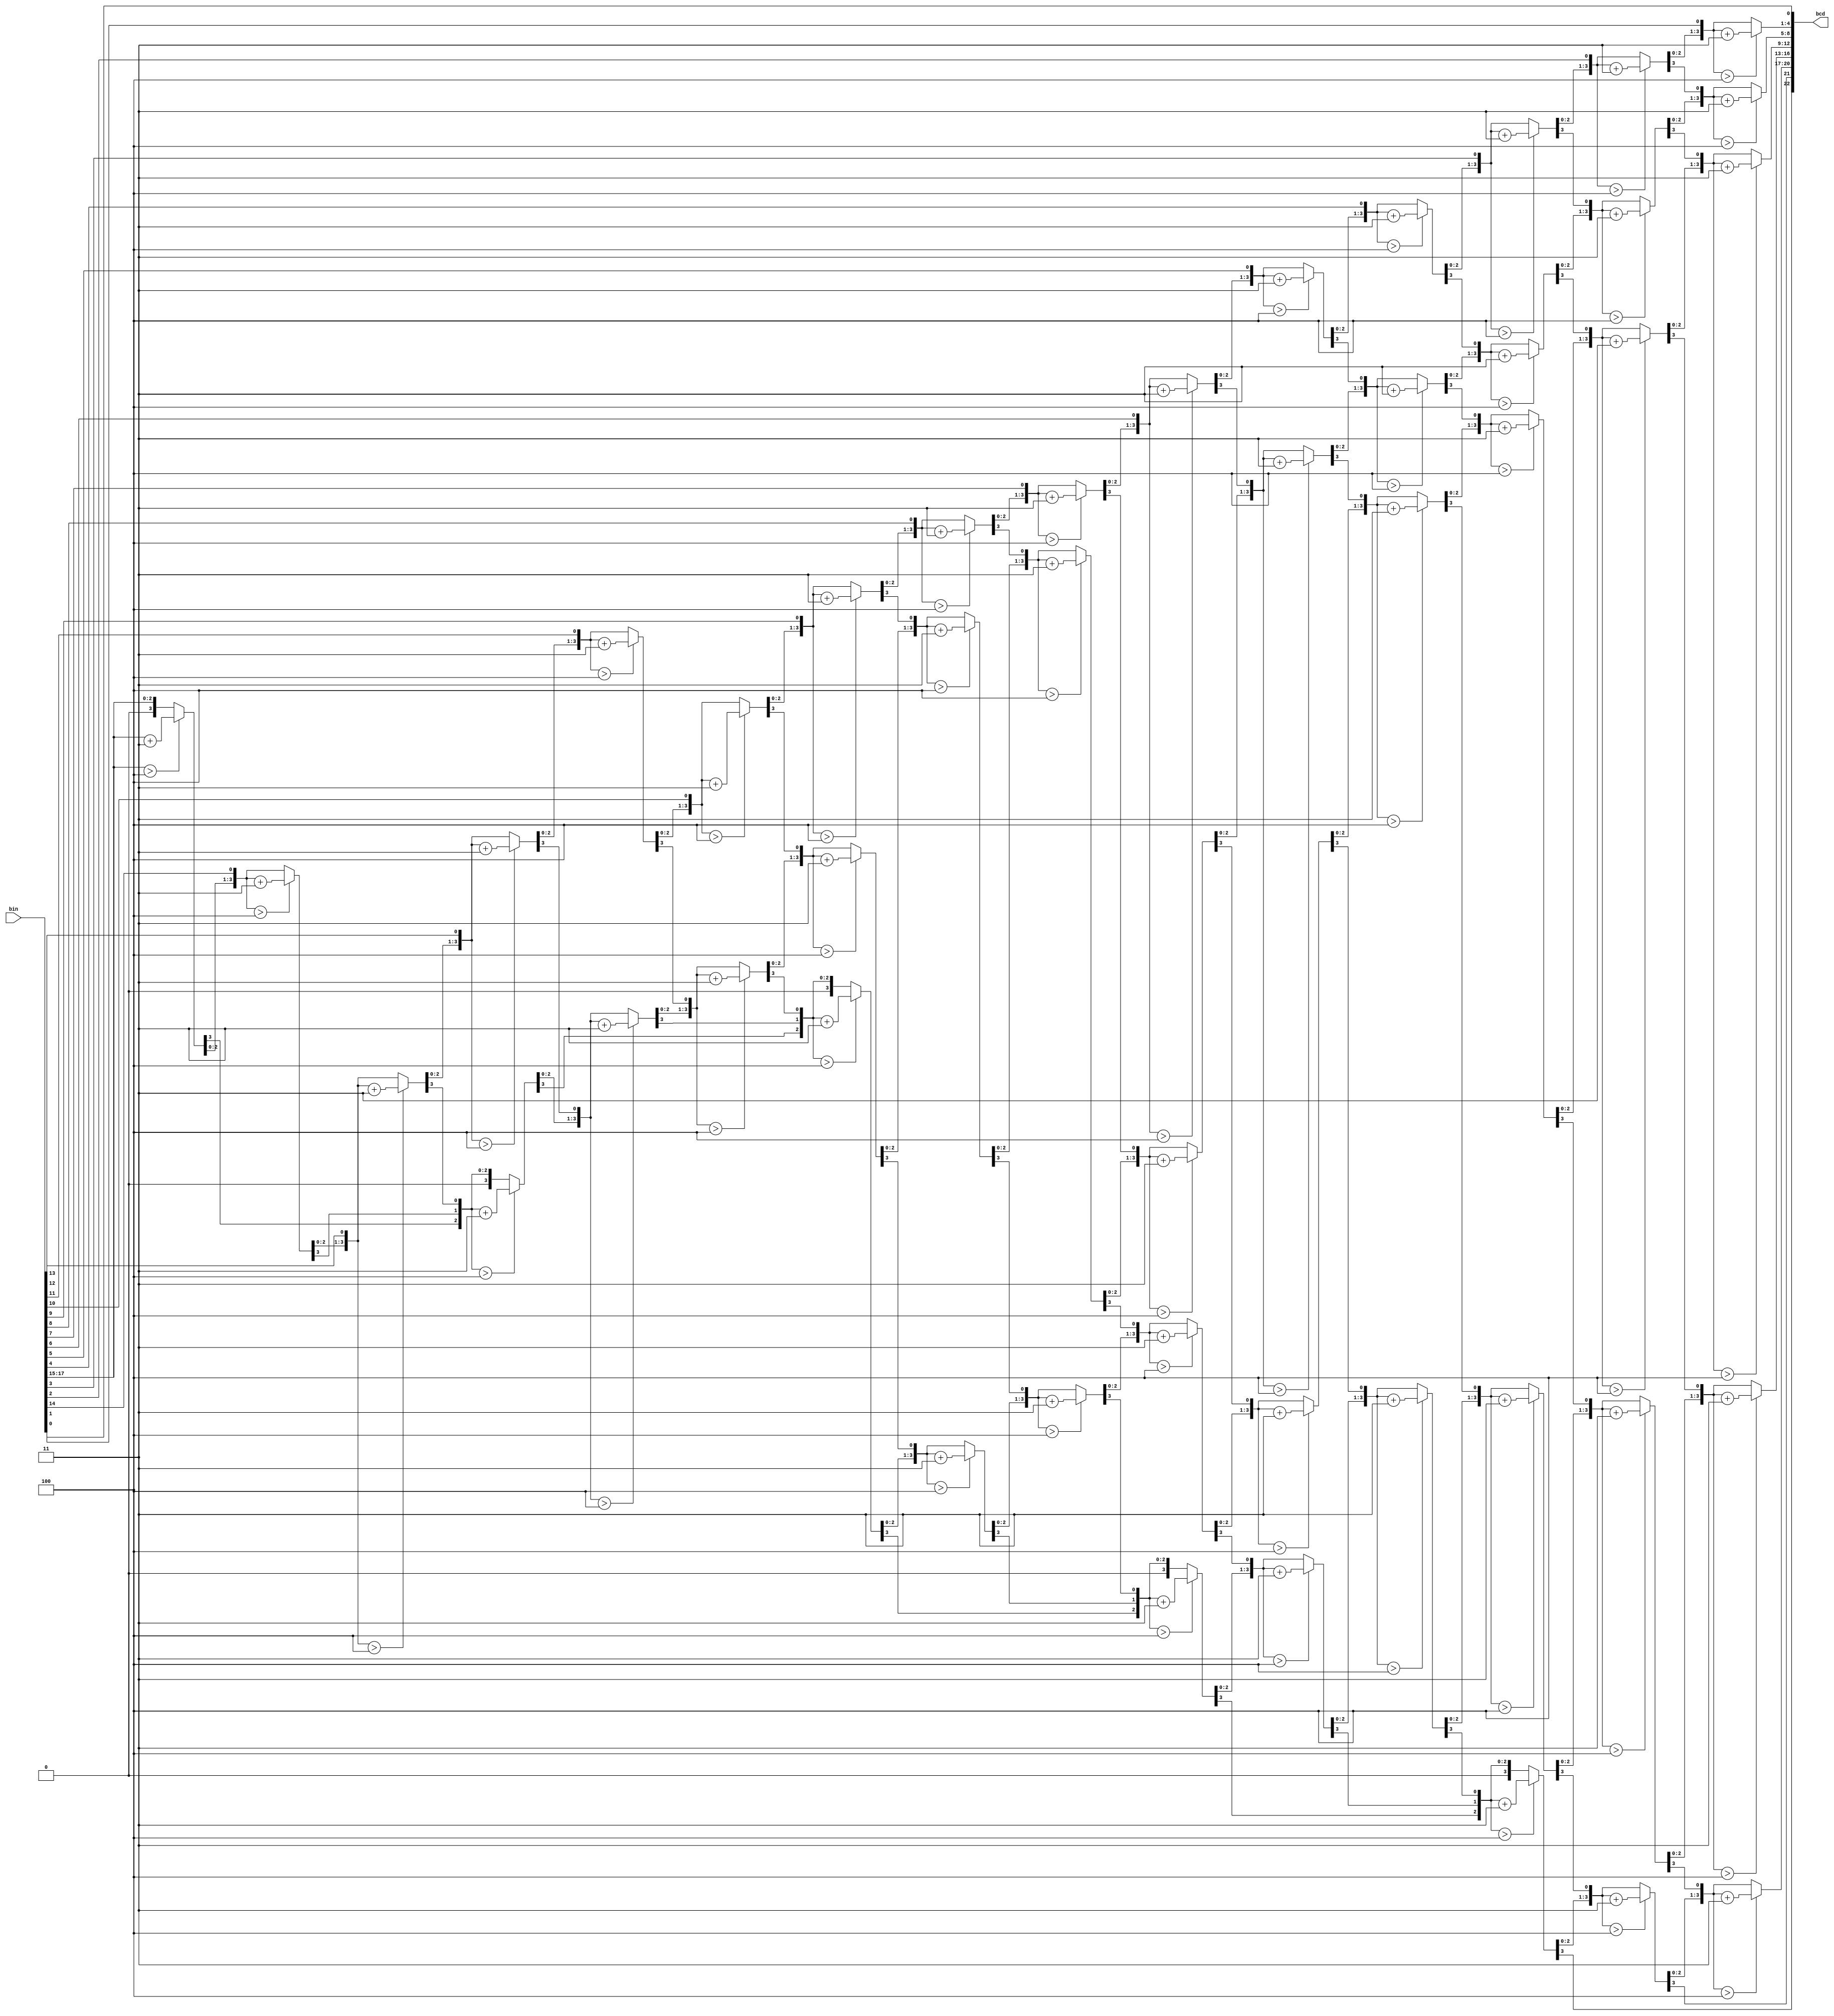
`timescale 1ns / 1ps
//////////////////////////////////////////////////////////////////////////////////
// Company: 
// Engineer: 
// 
// Design Name: 
// Module Name: bin2bcd
// Project Name: 
// Target Devices: 
// Tool Versions: 
// Description: 
// 
// Dependencies: 
// 
// Revision:
// Revision 0.01 - File Created
// Additional Comments:
// 
//////////////////////////////////////////////////////////////////////////////////


module bin2bcd_eddin
 #( parameter                W = 18)  // input width
  ( input      [W-1      :0] bin   ,  // binary
    output reg [W+(W-4)/3:0] bcd   ); // bcd {...,thousands,hundreds,tens,ones}

  integer i,j;

  always @(bin) begin
    for(i = 0; i <= W+(W-4)/3; i = i+1) bcd[i] = 0;     // initialize with zeros
    bcd[W-1:0] = bin;                                   // initialize with input vector
    for(i = 0; i <= W-4; i = i+1)                       // iterate on structure depth
      for(j = 0; j <= i/3; j = j+1)                     // iterate on structure width
        if (bcd[W-i+4*j -: 4] > 4)                      // if > 4
          bcd[W-i+4*j -: 4] = bcd[W-i+4*j -: 4] + 4'd3; // add 3
  end

endmodule